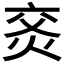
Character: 𰞙